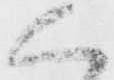
く